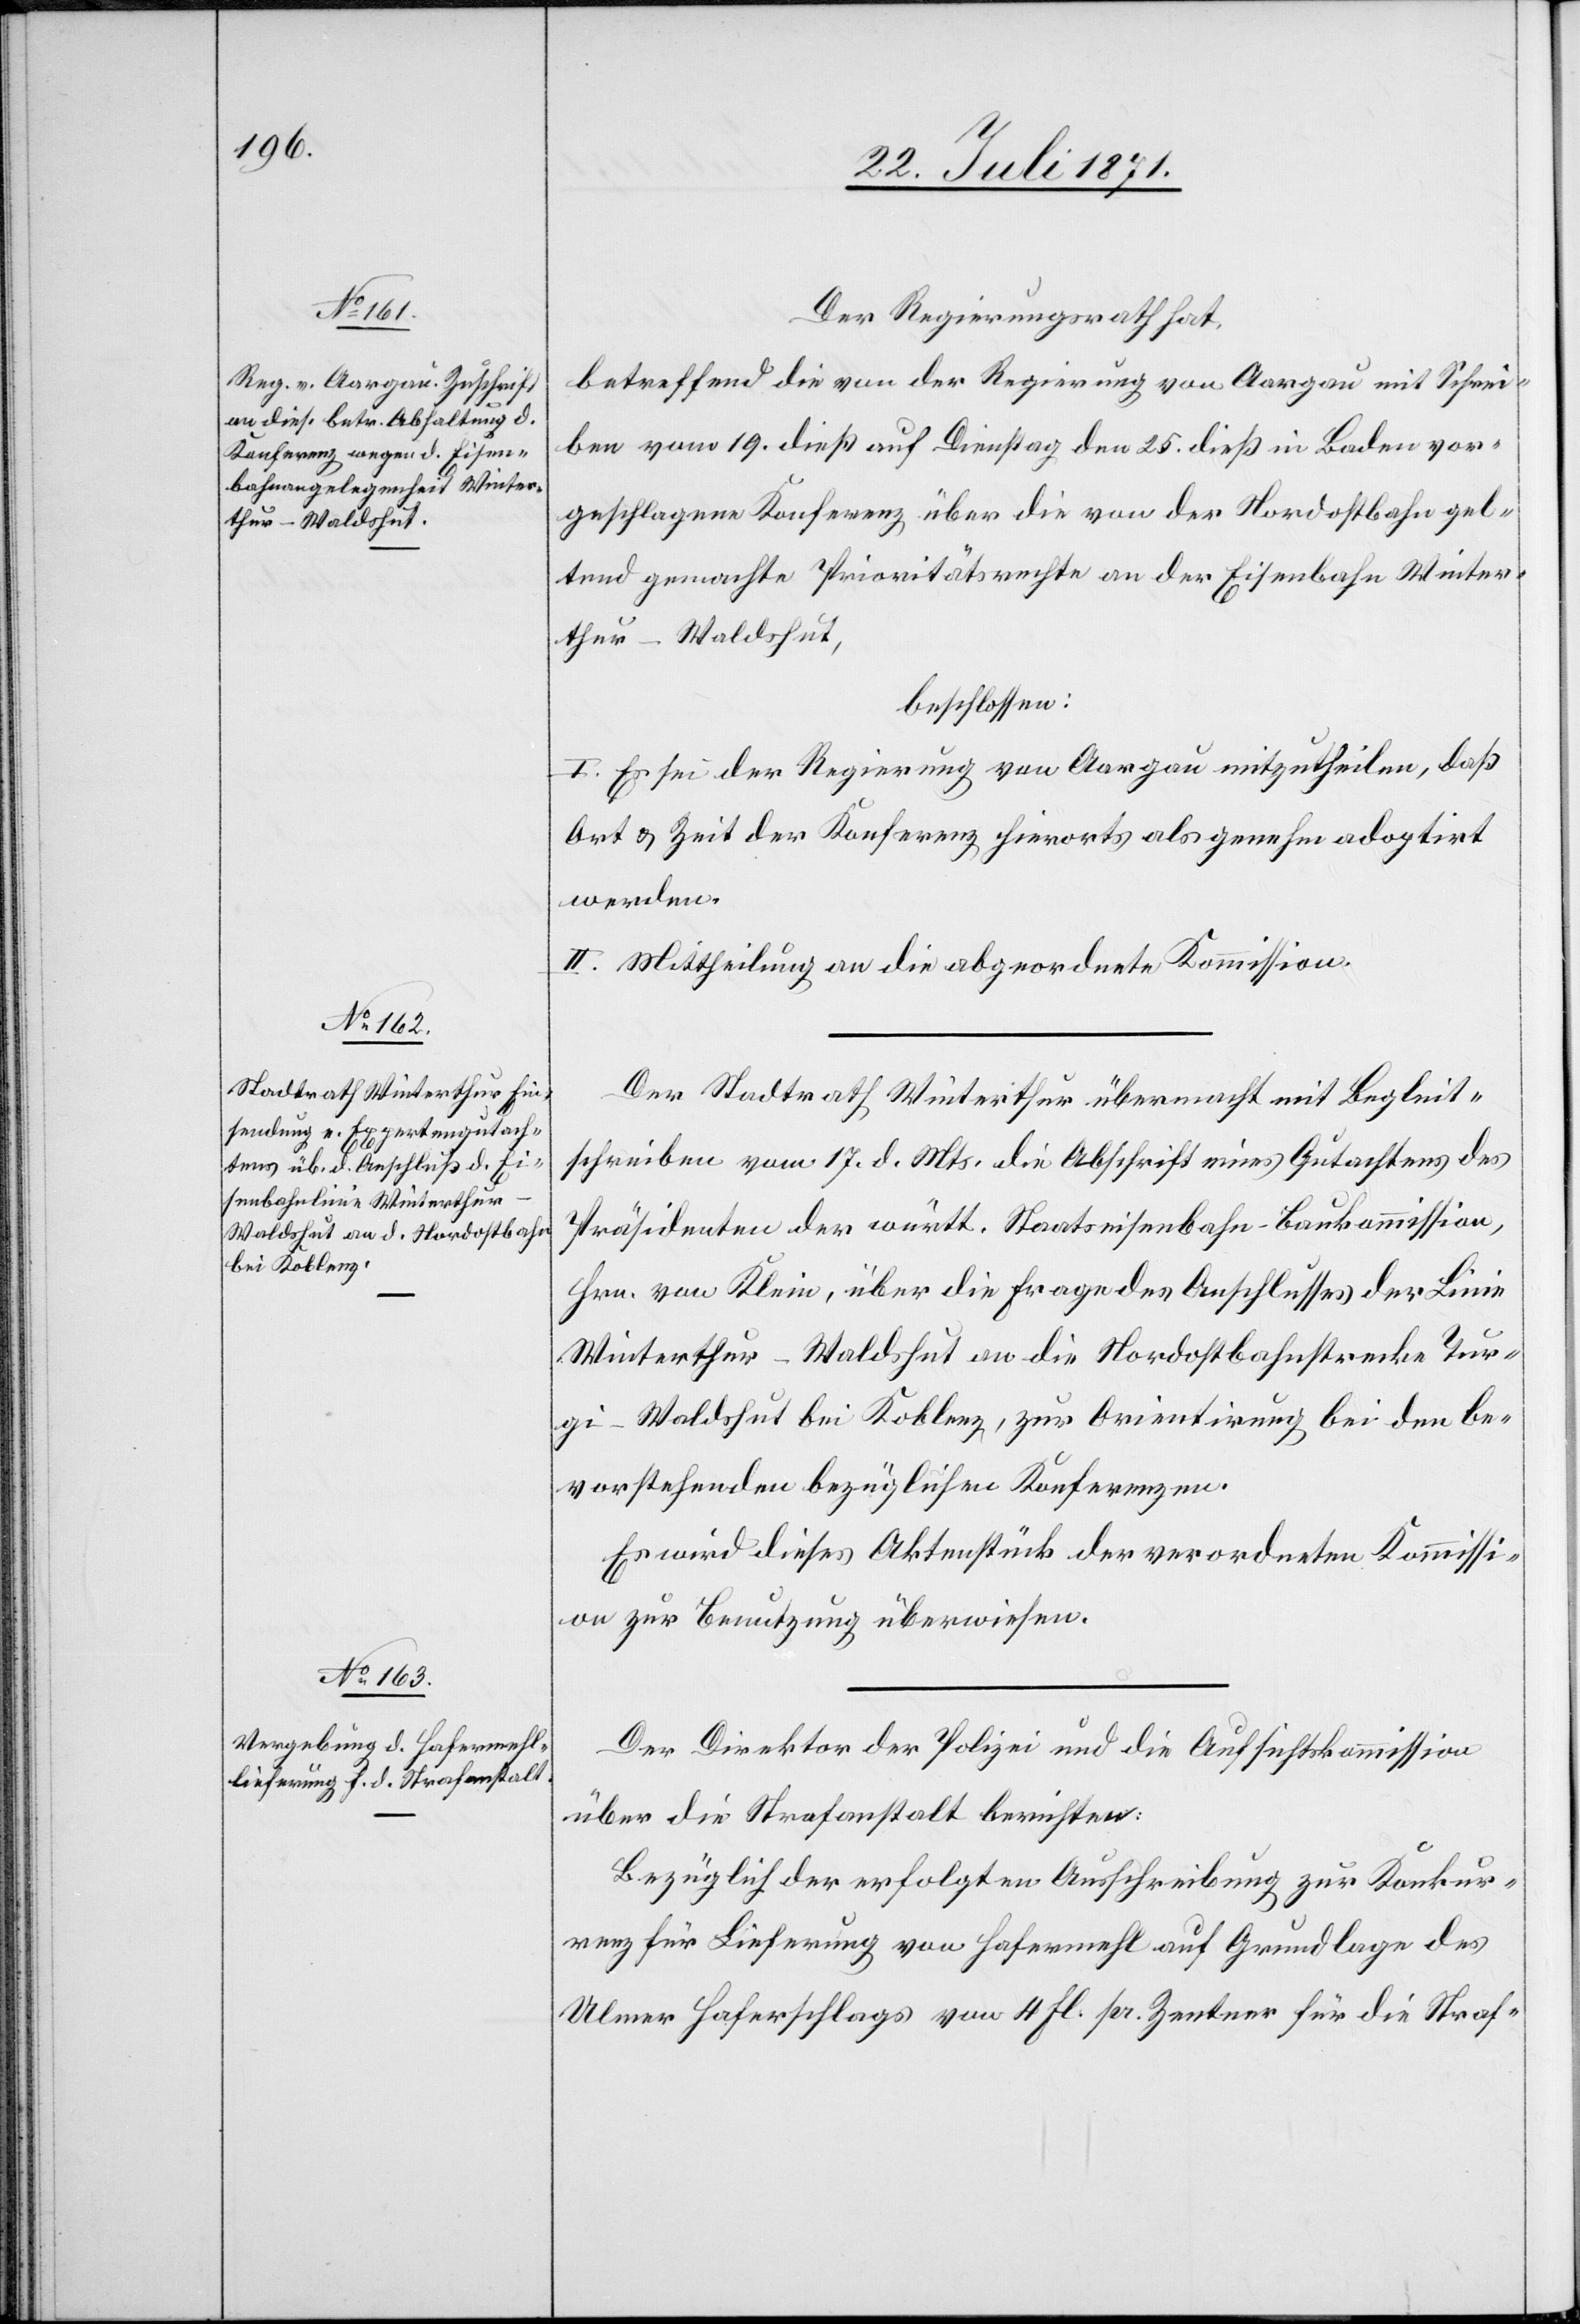
Der Regierungsrath hat,
betreffend die von der Regierung von Aargau mit Schrei¬
ben vom 19. dieß auf Dienstag den 25. dieß in Baden vor¬
geschlagene Konferenz über die von der Nordostbahn gel¬
tend gemachte Prioritätsrechte an der Eisenbahn Winter¬
thur-Waldshut,
beschlossen:
I. Es sei der Regierung von Aargau mitzutheilen, daß
Ort u. Zeit der Konferenz hierorts als genehm adoptirt
werden.
II. Mittheilung an die abgeordnete Kommission.
Der Stadtrath Winterthur übermacht mit Begleit¬
schreiben vom 17. d. Mts. die Abschrift eines Gutachtens des
Präsidenten der württ. Staatseisenbahn-Baukommission,
Hrn. von Klein, über die Frage des Anschlusses der Linie
Winterthur-Waldshut an die Nordostbahnstrecke Tur¬
gi-Waldshut bei Koblenz, zur Orientirung bei den be¬
vorstehenden bezüglichen Konferenzen.
Es wird dieses Aktenstück der verordneten Kommissi¬
on zur Benutzung überwiesen.
Der Direktor der Polizei und die Aufsichtskommission
über die Strafanstalt berichten:
Bezüglich der erfolgten Ausschreibung zur Konkur¬
renz für Lieferung von Hafermehl auf Grundlage des
Ulmer Haferschlags von 4 Fl. pr. Zentner für die Straf-